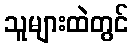
သူများထဲတွင်